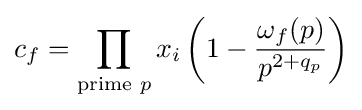
c_{f}=\prod _{{\text{prime }}p}x_{i}\left(1-{\frac {\omega \,\!_{f}(p)}{p^{2+q_{p}}}}\right)